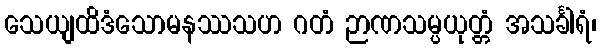
သေယျထိဒံသောမနဿသဟ ဂတံ ဉာဏသမ္ပယုတ္တံ အသင်္ခါရံ၊